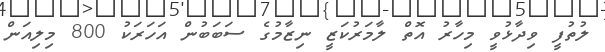
ލުތުފީ ވިދާޅުވީ މިހާރު އޮތް ލާމަރުކަޒީ ނިޒާމުގެ ސަބަބުން އަހަރަކު 800 މިލިއަން